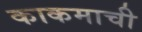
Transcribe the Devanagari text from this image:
काकमाची